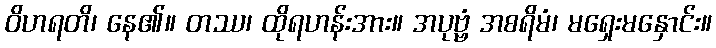
ဝိဟရတိ၊ နေ၏။ တဿ၊ ထိုရဟန်းအား။ အပုဗ္ဗံ အစရိမံ၊ မရှေးမနှောင်း။